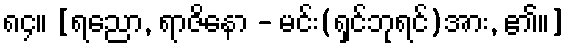
၈၄။ [ရညော, ရာဇိနော - မင်း(ရှင်ဘုရင်)အား, ၏။]